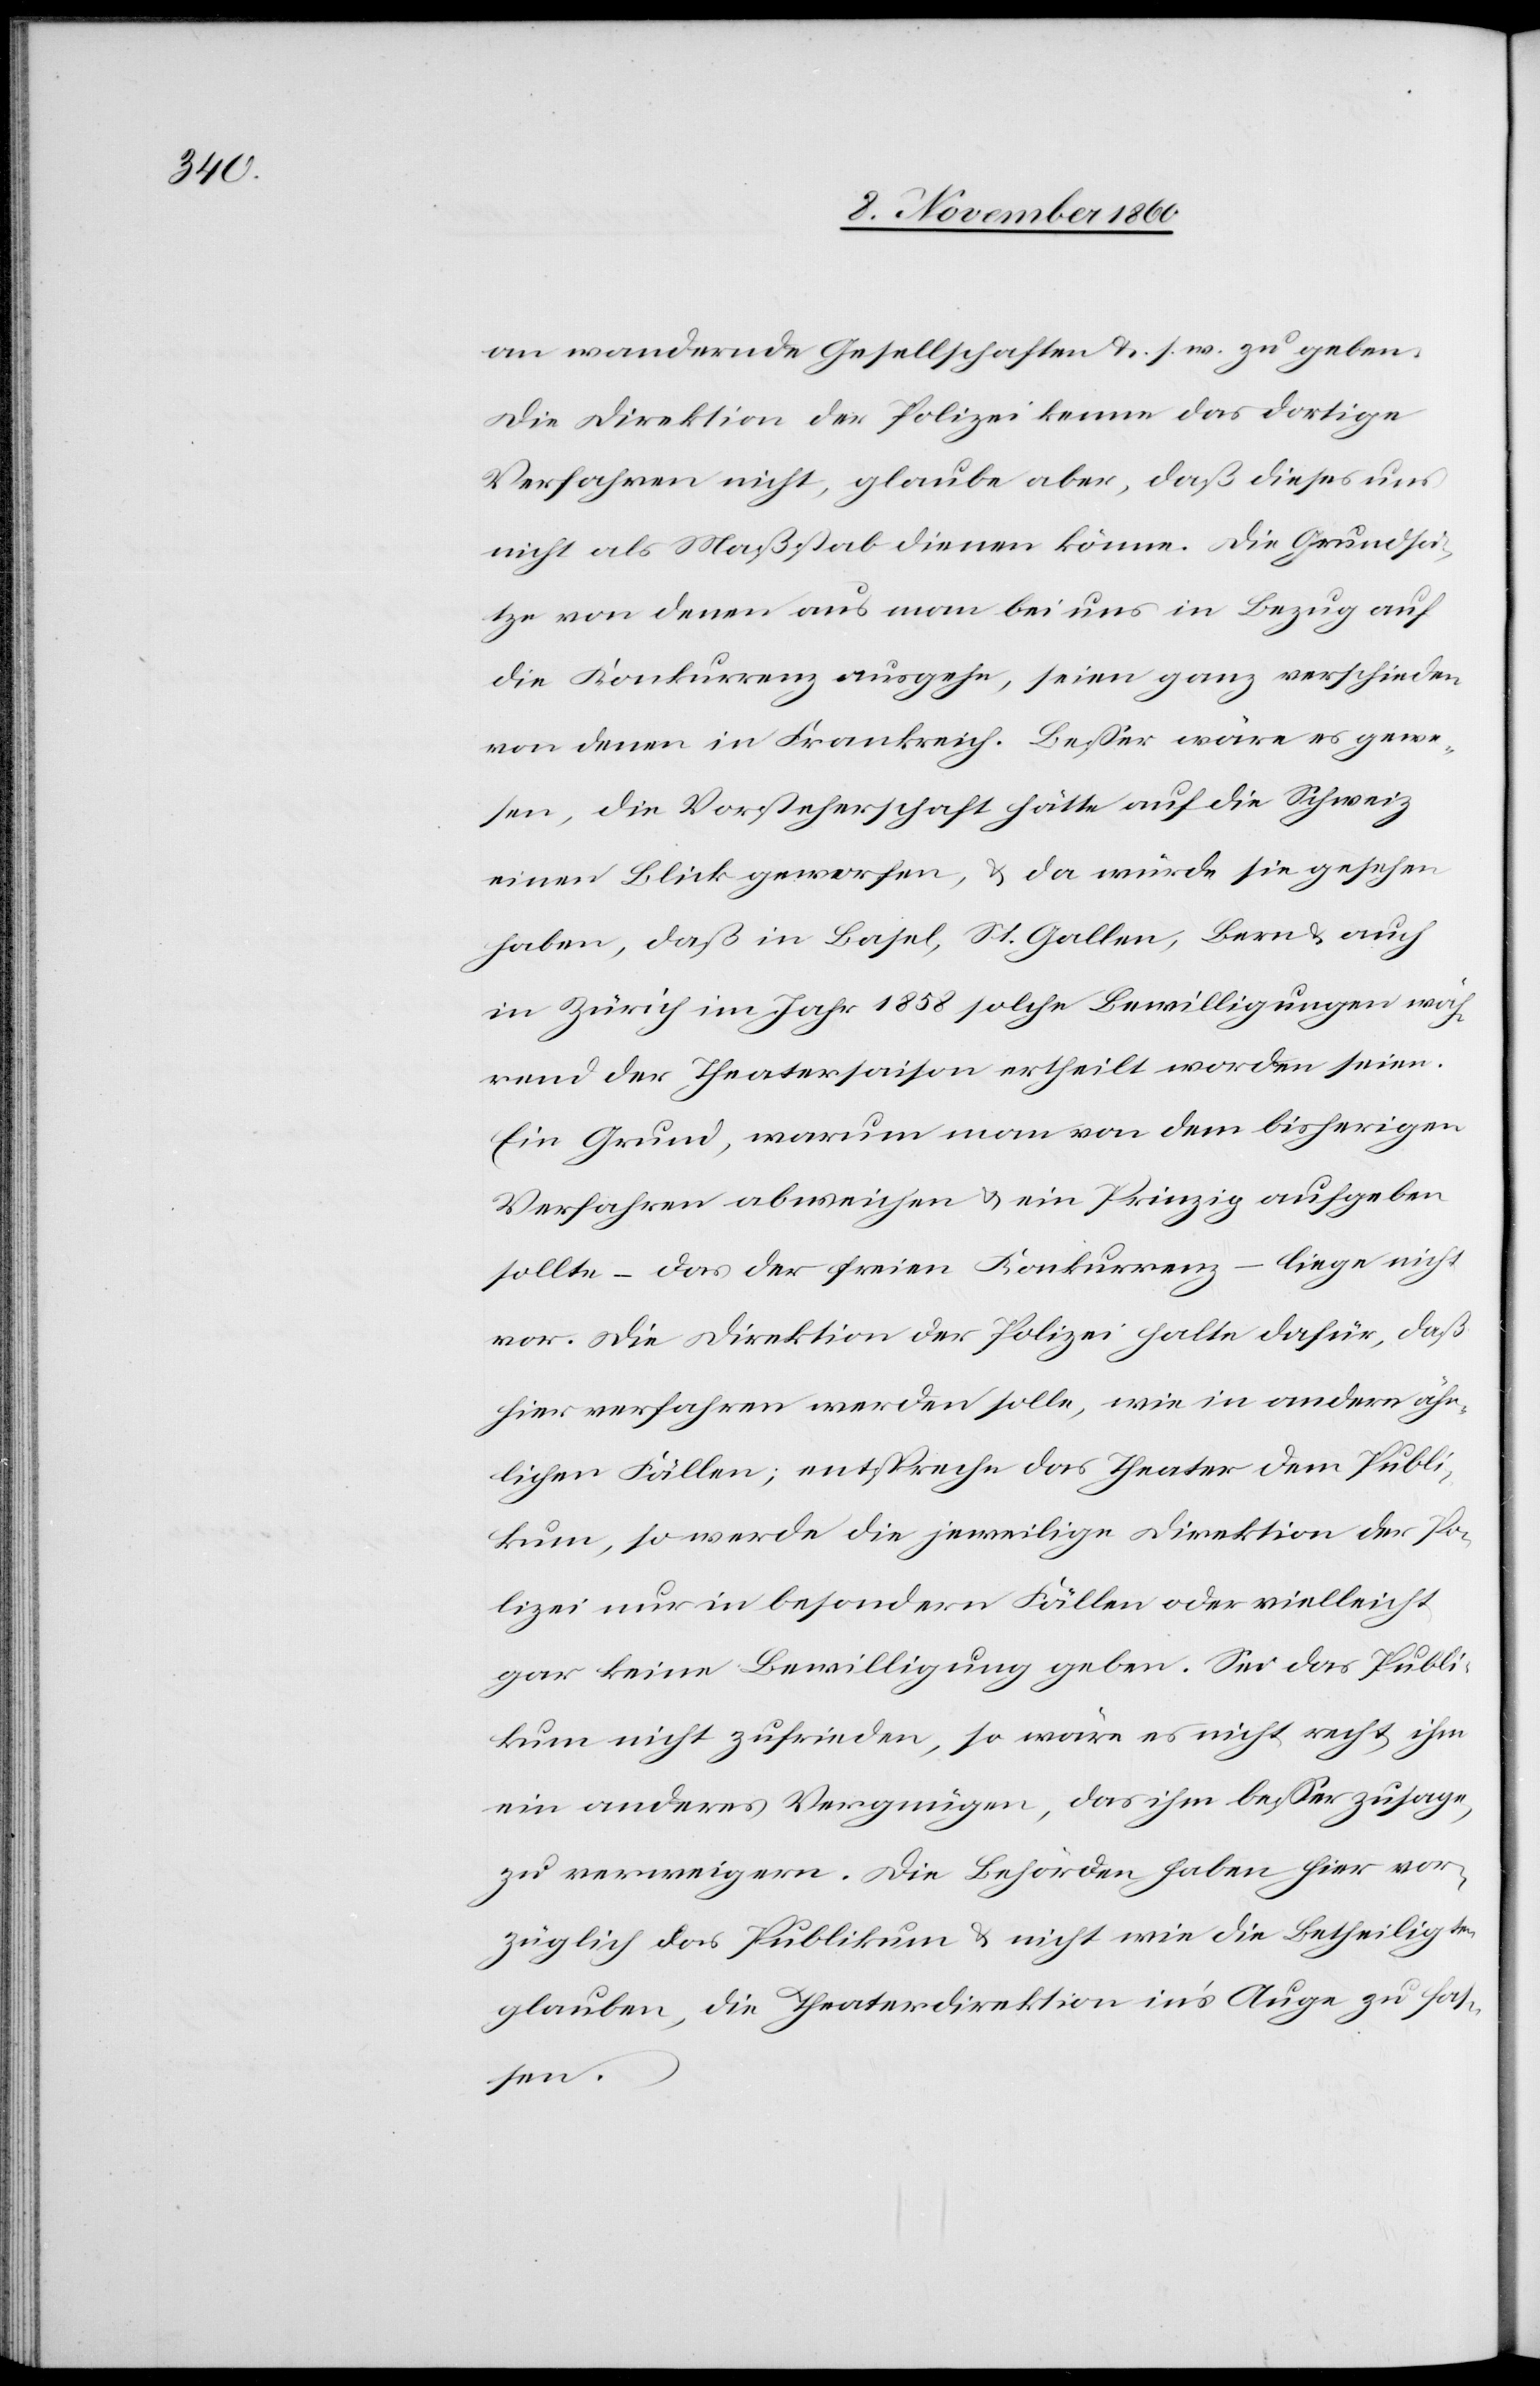
an wandernde Gesellschaften u. s. w. zu geben.
Die Direktion der Polizei kenne das dortige
Verfahren nicht, glaube aber, daß dieses uns
nicht als Maßstab dienen könne. Die Grundsä¬
tze von denen aus man bei uns in Bezug auf
die Konkurrenz ausgehe, seien ganz verschieden
von denen in Frankreich. Besser wäre es gewe¬
sen, die Vorsteherschaft hätte auf die Schweiz
einen Blick geworfen, u. da würde sie gesehen
haben, daß in Basel, St. Gallen, Bern u. auch
in Zürich im Jahr 1858 solche Bewilligungen wäh¬
rend der Theatersaison ertheilt worden seien.
Ein Grund, warum man von dem bisherigen
Verfahren abweichen u. ein Prinzip aufgeben
sollte – das der freien Konkurrenz – liege nicht
vor. Die Direktion der Polizei halte dafür, daß
hier verfahren werden solle, wie in andern ähn¬
lichen Fällen; entspreche das Theater dem Publi¬
kum, so werde die jeweilige Direktion dem Pu¬
blikum nur in besondern Fällen oder vielleicht
gar keine Bewilligung geben. Sei das Publi¬
kum nicht zufrieden, so wäre es nicht recht ihm
ein anderes Vergnügen, das ihm besser zusage,
zu verweigern. Die Behörden haben hier vor¬
züglich das Publikum u. nicht wie die Betheiligten
glauben, die Theaterdirektion in’s Auge zu fas¬
sen.